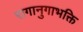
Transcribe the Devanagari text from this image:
रागानुगाभक्ति